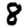
Digit: 8